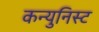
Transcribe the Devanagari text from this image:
कन्युनिस्ट